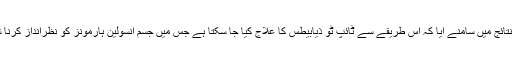
کچھ تجربات کے نتائج میں سامنے آیا کہ اس طریقے سے ٹائپ ٹو ذیابیطس کا علاج کیا جا سکتا ہے جس میں جسم انسولین ہارمونز کو نظرانداز کرنا شروع کر دیتا ہے۔